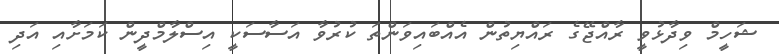
ޝަހީމް ވިދާޅުވީ ރާއްޖޭގެ ރައްޔިތުން އެއްބައިވަންތަ ކުރުވާ އަސާސަކީ އިސްލާމްދީން ކަމަށާއި އަދި